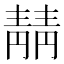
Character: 𫕻